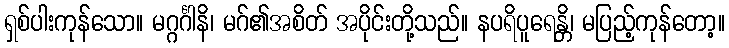
ရှစ်ပါးကုန်သော။ မဂ္ဂင်္ဂါနိ၊ မဂ်၏အစိတ် အပိုင်းတို့သည်။ နပရိပူရေန္တိ၊ မပြည့်ကုန်တော့။